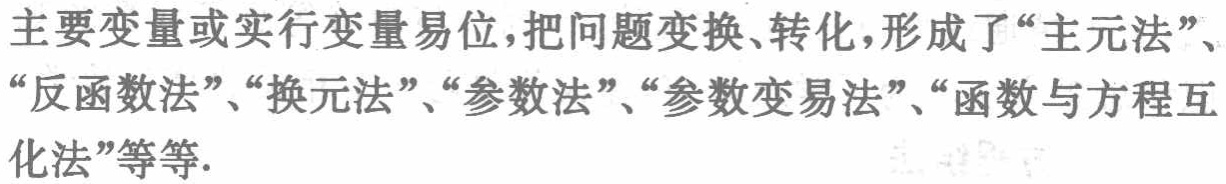
主要变量或实行变量易位，把问题变换、转化，形成了“主元法”、“反函数法”、“换元法”、“参数法”、“参数变易法”、“函数与方程互化法”等等.